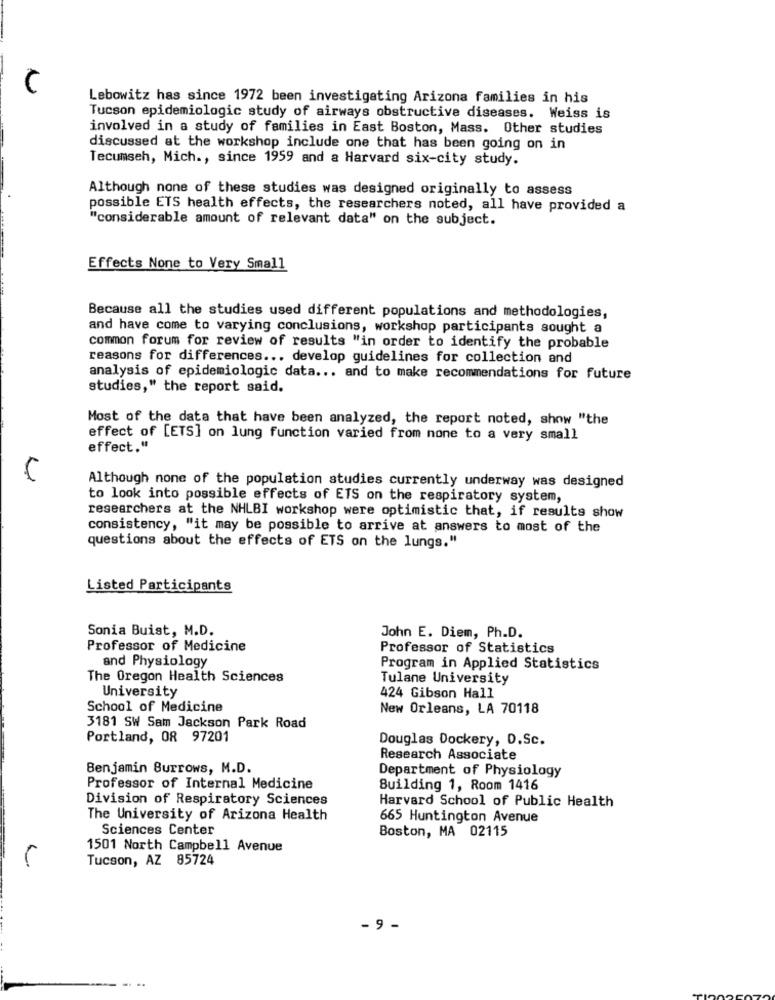
U
Lebowitz has since 1972 been investigating Arizona families in his
Tucson epidemiologic study of airways obstructive diseases. Weiss is
involved in a study of families in East Boston, Mass. Other studies
discussed at the workshop include one that has been going on in
Tecumseh, Mich ., since 1959 and a Harvard six-city study.
Although none of these studies was designed originally to assess
possible ETS health effects, the researchers noted, all have provided a
"considerable amount of relevant data" on the subject.
Effects None to Very Small
Because all the studies used different populations and methodologies,
and have come to varying conclusions, workshop participants sought a
common forum for review of results "in order to identify the probable
reasons for differences ... develop guidelines for collection and
analysis of epidemiologic data ... and to make recommendations for future
studies," the report said.
Most of the data that have been analyzed, the report noted, show "the
effect of [ETS] on lung function varied from none to a very small
effect."
Although none of the population studies currently underway was designed
to look into possible effects of ETS on the respiratory system,
researchers at the NHLBI workshop were optimistic that, if results show
consistency, "it may be possible to arrive at answers to most of the
questions about the effects of ETS on the lungs."
Listed Participants
Sonia Buist, M.D.
John E. Diem, Ph.D.
Professor of Medicine
Professor of Statistics
and Physiology
Program in Applied Statistics
The Oregon Health Sciences
Tulane University
University
424 Gibson Hall
School of Medicine
New Orleans, LA 70118
3181 SW Sam Jackson Park Road
Portland, OR 97201
Douglas Dockery, D.Sc.
Research Associate
Benjamin Burrows, M.D.
Department of Physiology
Professor of Internal Medicine
Building 1, Room 1416
Division of Respiratory Sciences
Harvard School of Public Health
The University of Arizona Health
665 Huntington Avenue
Sciences Center
Boston, MA 02115
1501 North Campbell Avenue
Tucson, AZ 85724
- 9 -